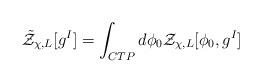
LaTeX: \begin{align*}{\tilde {\cal Z}}_{\chi,L}[g^I] = \int_{CTP} d\phi_0 {\cal Z}_{\chi,L}[\phi_0, g^I] \end{align*}